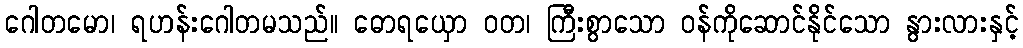
ဂေါတမော၊ ရဟန်းဂေါတမသည်။ ဓောရယှော ဝတ၊ ကြီးစွာသော ဝန်ကိုဆောင်နိုင်သော နွားလားနှင့်